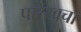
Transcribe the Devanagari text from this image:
पारेखचा